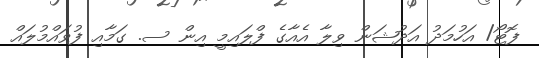
ފޮޓޯ/ އަހުމަދު އަދުޝަން ވިލާ އެއާގެ ފްލައިމީ އިން ސ. ގަމާއި ފުވައްމުލައް